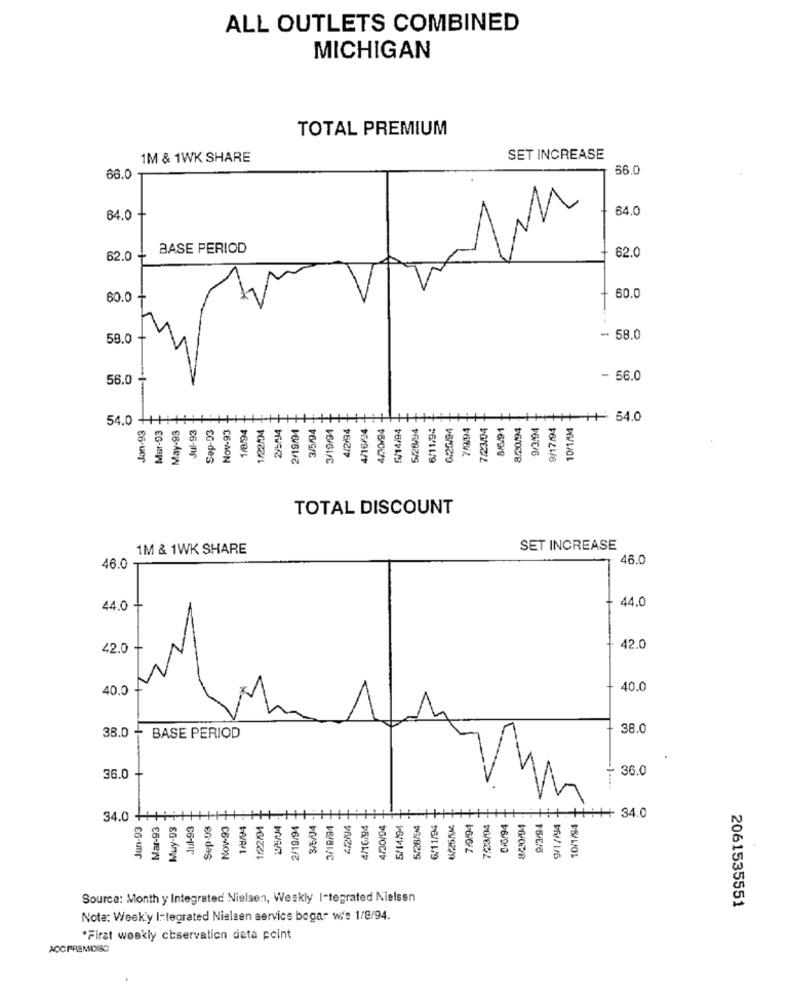
ALL OUTLETS COMBINED
MICHIGAN
TOTAL PREMIUM
1M & 1WK SHARE
SET INCREASE
56.0
66.0
64.0
64.0
BASE PERIOD
62.0
62.0
60.0
60.0
58.0
-. 58.0
56.0
- 56.0
54.0 -
Jon-93
Mur-93
May-93
Jul-93
Sap-03
Nov-93
1/8/94
1/22/04
2/5/34
2/19/94
3/5/94
3/19/94
4/2/94
4/16/94
4/30/24
₪/14/94
5/28/94
6/11.94
0/20/94
7/9/94
7/23/04
8/6/91
8.20/94
++++++ ++ 54.0
9/3/94
9/17/94
10/1/94
TOTAL DISCOUNT
1M & 1WK SHARE
SET INCREASE
46.0
46.0 -
44.0
44.0
42.0 +
42.0
400
40.0
38.0
38.0 + BASE PERIOD
36.0
36.0
++ 34.0
34.0 +
Jan-93
Mar-93
Muy-93
Jul-93
Sep-03
Nov-93
1/8/4
1/22/94
2/5/34
2/19/94
3/5/04
3/18/94
4/2/94
4/16/94
4/30/94
5/14/94
5/28/944
6/11/94
6/25/5M
7/9/94
7/23/04
C/G/94
8/20/94
9/3/94
9/1/194
10/1/94
Source: Month y Integrated Nielsen, Weekly I-tegrated Nielsen
2061535551
Note: Week'y Integrated Nielsen service boga- wie 1/8/94.
*Firat weekly observation data point
ACC PREMIDISC